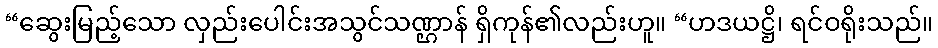
“ဆွေးမြည့်သော လှည်းပေါင်းအသွင်သဏ္ဌာန် ရှိကုန်၏လည်းဟူ။ “ဟဒယဋ္ဌိ၊ ရင်ဝရိုးသည်။